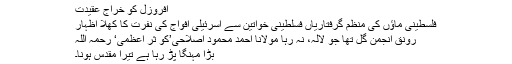
افروزل کو خراج عقیدت
فلسطینی ماؤں کی منظم گرفتاریاں فسلطینی خواتین سے اسرئیلی افواج کی نفرت کا کھلا اظہار
رونق انجمن گل تھا جو لالہ، نہ رہا مولانا احمد محمود اصلاحی’کو ثر اعظمی‘ رحمہ اللہ
بڑا مہنگا پڑ رہا ہے تیرا مقدس ہونا۔